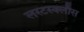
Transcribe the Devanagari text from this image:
लस्टस्क्लौस